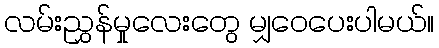
လမ်းညွှန်မှုလေးတွေ မျှဝေပေးပါမယ်။